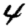
Digit: 4